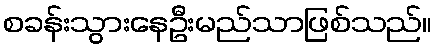
စခန်းသွားနေဦးမည်သာဖြစ်သည်။